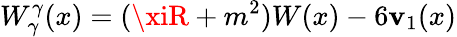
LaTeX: W_{\gamma}^{\gamma}(x)=(\xiR+m^{2})W(x)-6\mathbf{v}_{1}(x)